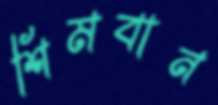
শিমবান